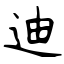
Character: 迪